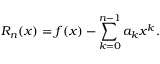
R _ { n } ( x ) = f ( x ) - \sum _ { k = 0 } ^ { n - 1 } a _ { k } x ^ { k } .